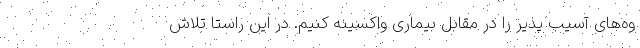
وه‌‌های آسیب پذیر را در مقابل بیماری واکسینه کنیم. در این راستا تلاش